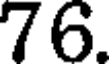
76.